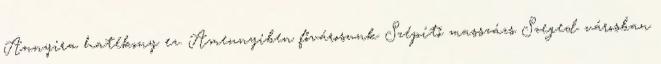
Annyira hatékony ez. Amennyiben fővárosunk Szépítő masszázs Szeged városban